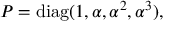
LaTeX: P = \mathrm { d i a g } ( 1 , \alpha , \alpha ^ { 2 } , \alpha ^ { 3 } ) ,